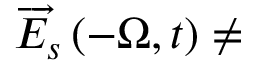
\overrightarrow { E } _ { s } \left( - \Omega , t \right) \neq